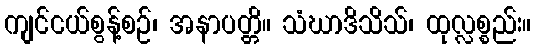
ကျင်ငယ်စွန့်စဉ်၊ အနာပတ္တိ။ သံဃာဒိသိသ်၊ ထုလ္လစ္စည်း။